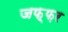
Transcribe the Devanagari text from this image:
जफ़्फ़र